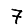
Digit: 7